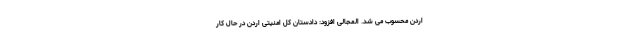
اردن محسوب می شد. المجالی افزود: دادستان کل امنیتی اردن در حال کار